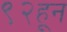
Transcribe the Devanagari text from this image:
९२हून